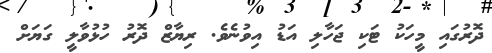
ދޮރުގައި މީހަކު ޓަކި ޖަހާލި އަޑު އިވުނެވެ. ރިޔާޒް ދޮރު ހުޅުވާލީ ގަޔަށް